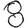
Digit: 8